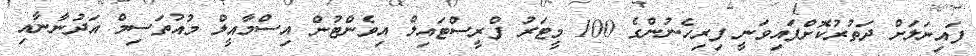
ފައިނަލަށް ދަތުރުކޮށްފައިވަނީ ފިރިހެނުންގެ 100 މީޓަރު ފްރީސްޓައިލް އިވެންޓުން އިސްމާއީލް މުއުތަސިމް އަދުނާނާއި